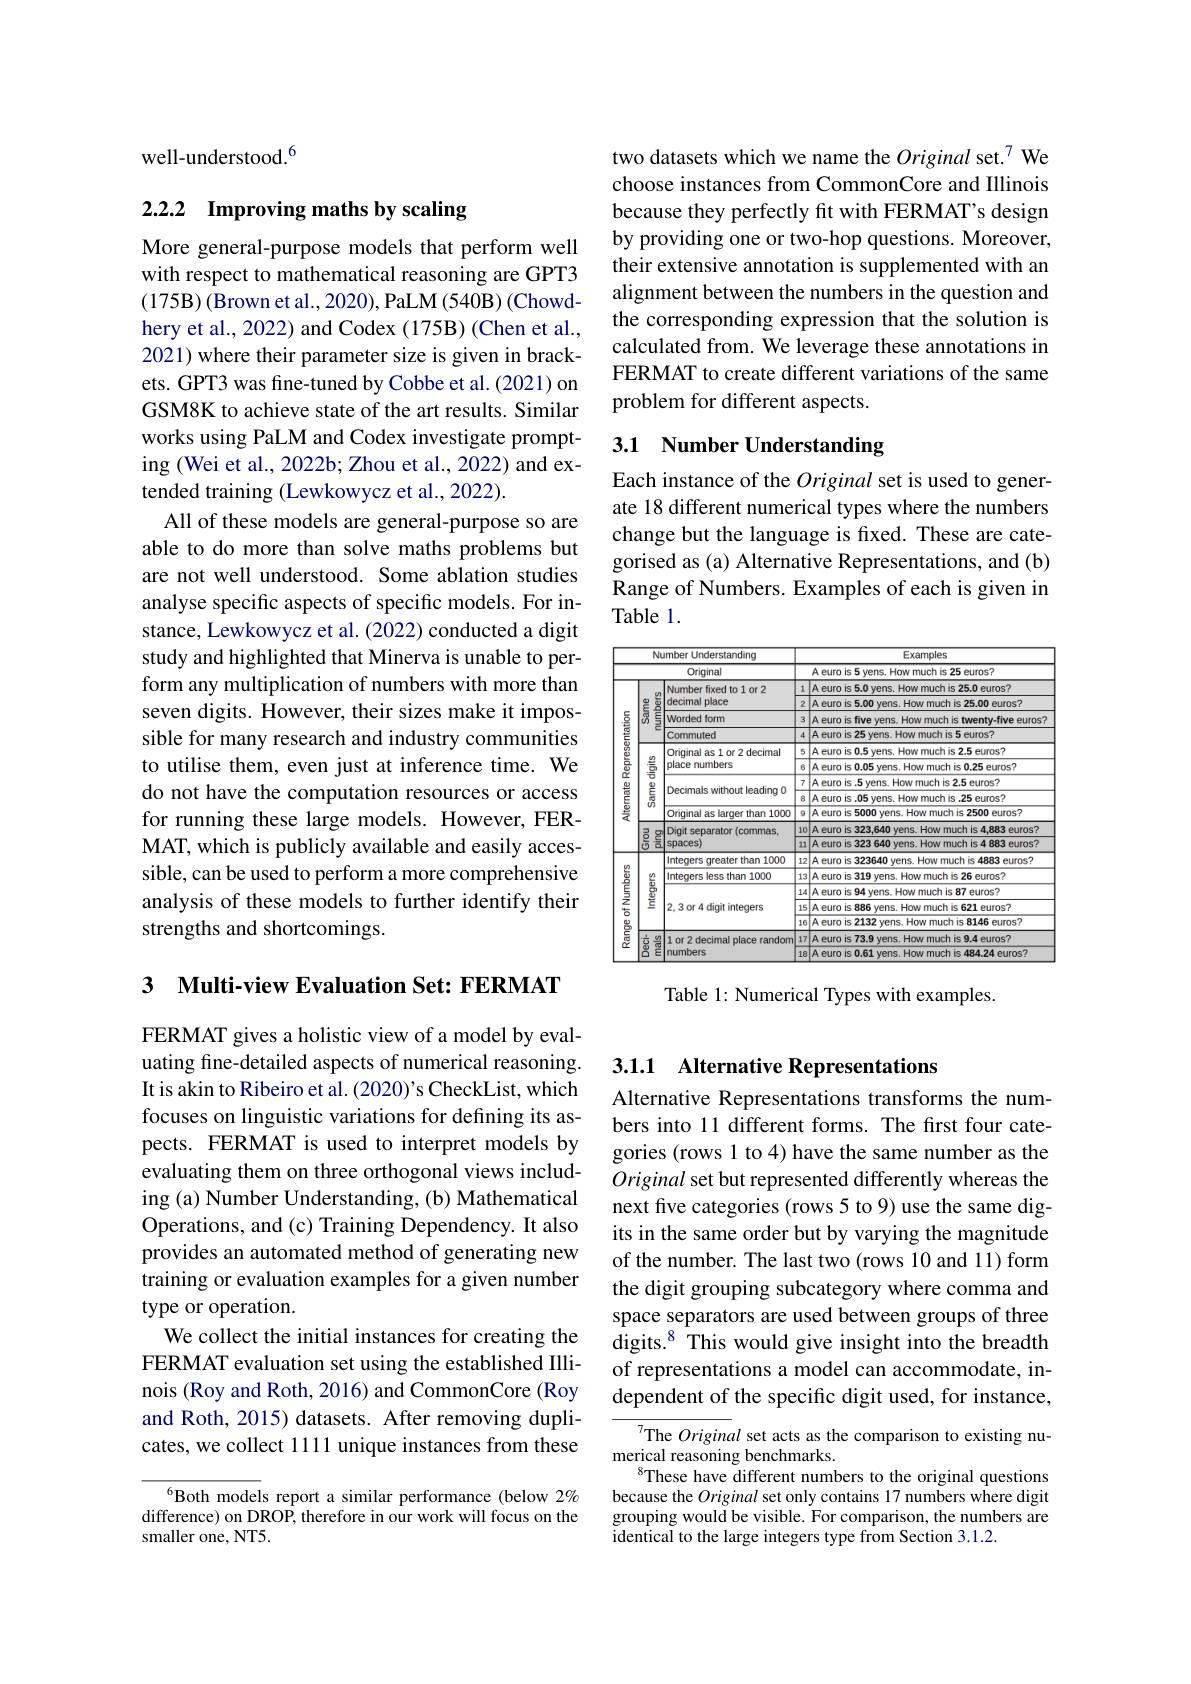
well-understood.$^{6}$

## 2.2.2 $\textbf{Improving maths by scaling}$

More general-purpose models that perform well with respect to mathematical reasoning are GPT3 (175B)(Brown et al.,2020),PaLM(540B)(Chowdhery et al., 2022) and Codex (175B) (Chen et al., 2021) where their parameter size is given in brackets. GPT3 was fine-tuned by Cobbe et al. (2021) on GSM8K to achieve state of the art results. Similar works using PaLM and Codex investigate prompting (Wei et al., 2022b; Zhou et al., 2022) and extended training (Lewkowycz et al., 2022).
All of these models are general-purpose so are able to do more than solve maths problems but are not well understood. Some ablation studies analyse specific aspects of specific models. For instance, Lewkowycz et al. (2022) conducted a digit study and highlighted that Minerva is unable to perform any multiplication of numbers with more than seven digits. However, their sizes make it impossible for many research and industry communities to utilise them, even just at inference time. We do not have the computation resources or access for running these large models. However, FERMAT, which is publicly available and easily accessible, can be used to perform a more comprehensive analysis of these models to further identify their strengths and shortcomings.

3 Multi-view Evaluation Set: FERMAT

FERMAT gives a holistic view of a model by evaluating fine-detailed aspects of numerical reasoning. It is akin to Ribeiro et al. (2020)'s CheckList, which focuses on linguistic variations for defining its aspects. FERMAT is used to interpret models by evaluating them on three orthogonal views including (a) Number Understanding, (b) Mathematical Operations, and (c) Training Dependency. It also provides an automated method of generating new training or evaluation examples for a given number type or operation.
We collect the initial instances for creating the FERMAT evaluation set using the established Illinois (Roy and Roth, 2016) and CommonCore (Roy and Roth, 2015) datasets. After removing duplicates, we collect 111 unique instances from these

6Both models report a similar performance (below 2% difference) on DROP, therefore in our work will focus on the smaller one, NT5.

two datasets which we name the Original set.$^{7}$ We choose instances from CommonCore and Illinois because they perfectly fit with FERMAT's design by providing one or two-hop questions. Moreover, their extensive annotation is supplemented with an alignment between the numbers in the question and the corresponding expression that the solution is calculated from. We leverage these annotations in FERMAT to create different variations of the same problem for different aspects.

# 3.1 Number Understanding

Each instance of the Original set is used to generate 18 different numerical types where the numbers change but the language is fixed. These are categorised as (a) Alternative Representations, and (b) Range of Numbers. Examples of each is given in Table 1.

<table>
	<tbody>
		<tr>
			<th colspan="3">Number Understanding</th>
			<th rowspan="1">Examples</th>
			<th rowspan="3">Examples A euro is 5 yens. How much is 25 euros? Aeuro is 5.0 yens. How much is 25.0 euros?</th>
		</tr>
		<tr>
			<th rowspan="11">Alternate Representation</th>
			<th> </th>
			<th>Original</th>
			<th> </th>
		</tr>
		<tr>
			<td rowspan="4">numbers $S_{0}^{\circ}$</td>
			<td rowspan="2">Original Number fixed to 1 or 2 decimal place</td>
			<td>1</td>
		</tr>
		<tr>
			<td>2</td>
			<td>Aeuro is 5.00 yens. How much is 25.00 euros?</td>
		</tr>
		<tr>
			<td>Worded form</td>
			<td>3</td>
			<td>A euro is five vens. How much is twenty-five euros"</td>
		</tr>
		<tr>
			<td>Commuted</td>
			<td>4</td>
			<td>A euro is 25 yens. How much is 5 euros?</td>
		</tr>
		<tr>
			<td rowspan="6">Same digits $ਫ਼$ </td>
			<td rowspan="2">Original as 1 or 2 decimal place numbers</td>
			<td>5</td>
			<td>A euro is 0.5 yens. How much is 2.5 euros?</td>
		</tr>
		<tr>
			<td>6</td>
			<td>A euro is 0.05 vens. How much is 0.25 euros?</td>
		</tr>
		<tr>
			<td rowspan="2">Decimals without leading O</td>
			<td>7</td>
			<td>A euro is .5 yens. How much is 2.5 euros?</td>
		</tr>
		<tr>
			<td>$B$</td>
			<td>A euro is .05 yens. How much is .25 euros?</td>
		</tr>
		<tr>
			<td>Oriqinal as larqer than 1000</td>
			<td>$\textcircled{3}$</td>
			<td>A euro is 5000 yens. How much is 2500 euros?</td>
		</tr>
		<tr>
			<td rowspan="2">Digit separator (commas, spaces</td>
			<td>10</td>
			<td>A euro is 323,640 yens. How much is 4,883 euros?</td>
		</tr>
		<tr>
			<td rowspan="1">Alternate Representation</td>
			<td>5 云</td>
			<td>11</td>
			<td>A euro is 323 640 yens. How much is 4 883 euros?</td>
		</tr>
		<tr>
			<td rowspan="7">Range of Numbers</td>
			<td> </td>
			<td>Integers greater than 1000</td>
			<td>12</td>
			<td>A euro is 323640 yens. How much is 4883 euros?</td>
		</tr>
		<tr>
			<td rowspan="4">$\begin{array}{ll}\frac{69}{6}\\\frac{60}{6}\\\frac{60}{5}\end{array}$</td>
			<td>Inteqers less than 1000</td>
			<td>13</td>
			<td>A euro is 319 vens. How much is 26 euros?</td>
		</tr>
		<tr>
			<td rowspan="3">2, 3 or 4 digit integers</td>
			<td>14</td>
			<td>A euro is 94 vens. How much is 87 euros?</td>
		</tr>
		<tr>
			<td>15</td>
			<td>Aeuro is 886 yens. How much is 621 euros?</td>
		</tr>
		<tr>
			<td>16</td>
			<td>A euro is 2132 yens. How much is 8146 euros?</td>
		</tr>
		<tr>
			<td rowspan="2"> $\frac{6n}{60}$</td>
			<td rowspan="2">1or2 decimal place random numbers</td>
			<td>17</td>
			<td>A euro is 73.9 yens. How much is 9.4 euros?</td>
		</tr>
		<tr>
			<td>18</td>
			<td>15</td>
		</tr>
	</tbody>
</table>

Table 1: Numerical Types with examples.

## 3.1.1 Alternative Representations

Alternative Representations transforms the numbers into 11 different forms. The first four categories (rows 1 to 4) have the same number as the Original set but represented differently whereas the next five categories (rows 5 to 9) use the same digits in the same order but by varying the magnitude of the number. The last two (rows 10 and 11) form the digit grouping subcategory where comma and space separators are used between groups of three ${\mathrm{digits.}^{8}}{\mathrm{~This~would~give~insight~into~the~breadth}}$ of representations a model can accommodate, independent of the specific digit used, for instance,

The Original set acts as the comparison to existing nu-
merical reasoning benchmarks.
$^{8}$These have different numbers to the original questions because the Original set only contains 17 numbers where digit grouping would be visible. For comparison, the numbers are identical to the large integers type from Section 3.1.2.